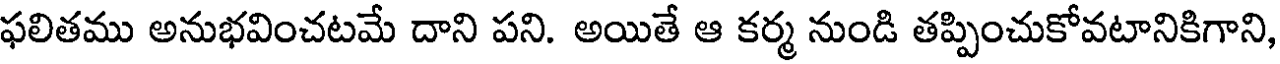
ఫలితము అనుభవించటమే దాని పని. అయితే ఆ కర్మ నుండి తప్పించుకోవటానికిగాని,